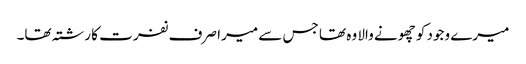
میرے وجود کو چھونے والا وہ تھا جس سے میرا صرف نفرت کا رشتہ تھا۔